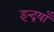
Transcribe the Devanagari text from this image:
इन्द्रयाँ